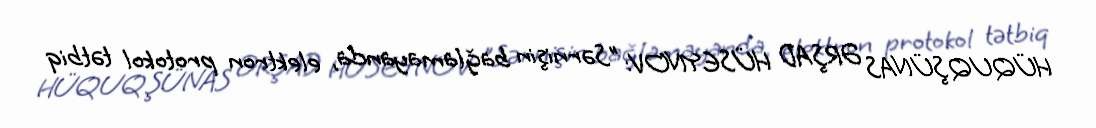
HÜQUQŞÜNAS ƏRŞAD HÜSEYNOV: "Sərnişin bağlamayanda, elektron protokol tətbiq